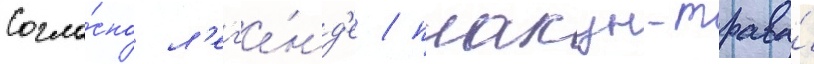
Согла́сно л'ег'е́нд'е / плакун-трава́